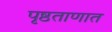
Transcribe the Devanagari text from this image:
पृष्ठताणात